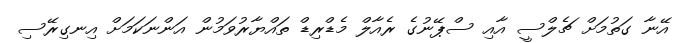
އޭނާ ގަތުމަށް ޗެލްސީ އާއި ސްޕޭނުގެ ރެއާލް މެޑްރިޑް ތައްޔާރުވަމުން އަންނަކަމަށް އިނގިރޭސި